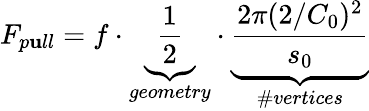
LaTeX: F_{p\mathbf{u}ll}=f\cdot\underbrace{{\frac{{1}}{{2}}}}_{geometry}\cdot\underbrace{{\frac{{2\pi(2/C_{0})^{2}}}{{s_{0}}}}}_{\# vertices}